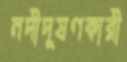
নদীদূষণকারী